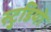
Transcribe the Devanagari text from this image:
स्टु्डियो